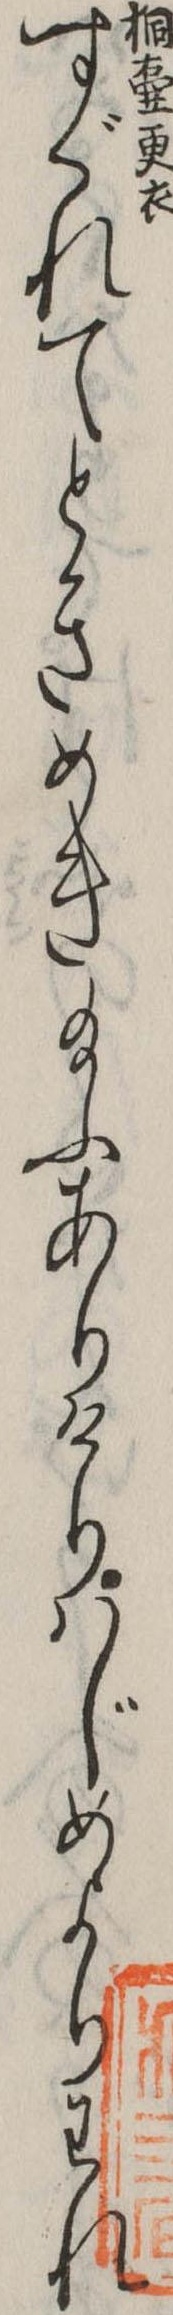
すぐれてときめき給ふありけりはじめよりわれ